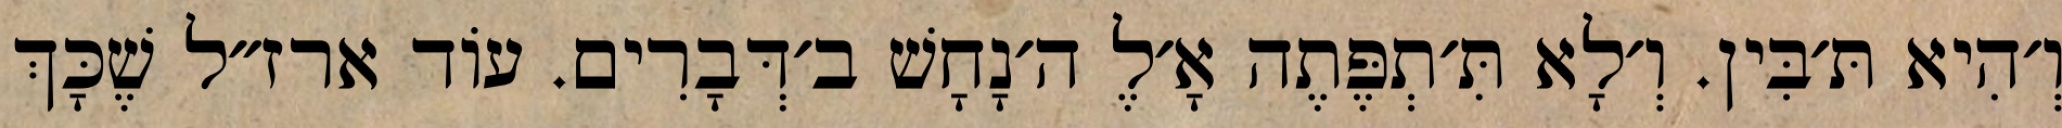
וְ׳הִיא תּ׳בִּין. וְ׳לָא תִּ׳תְפֶּתֶה אָ׳לֶ ה׳נָחָשׁ ב׳דְּבָרִים. עוֹד ארז״ל שֶׁכָּךְ